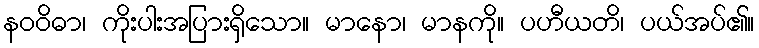
နဝဝိဓာ၊ ကိုးပါးအပြားရှိသော။ မာနော၊ မာနကို။ ပဟီယတိ၊ ပယ်အပ်၏။